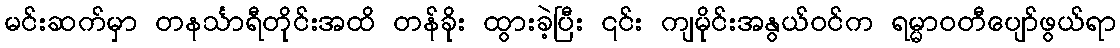
မင်းဆက်မှာ တနင်္သာရီတိုင်းအထိ တန်ခိုး ထွားခဲ့ပြီး ၎င်း ကျမိုင်းအနွယ်ဝင်က ရမ္မာဝတီပျော်ဖွယ်ရာ